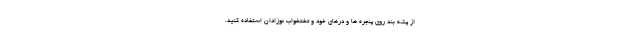
از پشه بند روی پنجره ها و درهای خود و تختخواب نوزادان استفاده کنید.